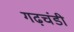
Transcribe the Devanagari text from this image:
गढ़चंडी